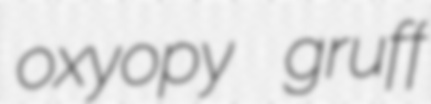
oxyopy gruff